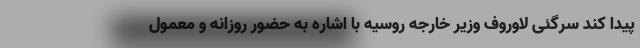
پیدا کند سرگئی لاوروف وزیر خارجه روسیه با اشاره به حضور روزانه و معمول